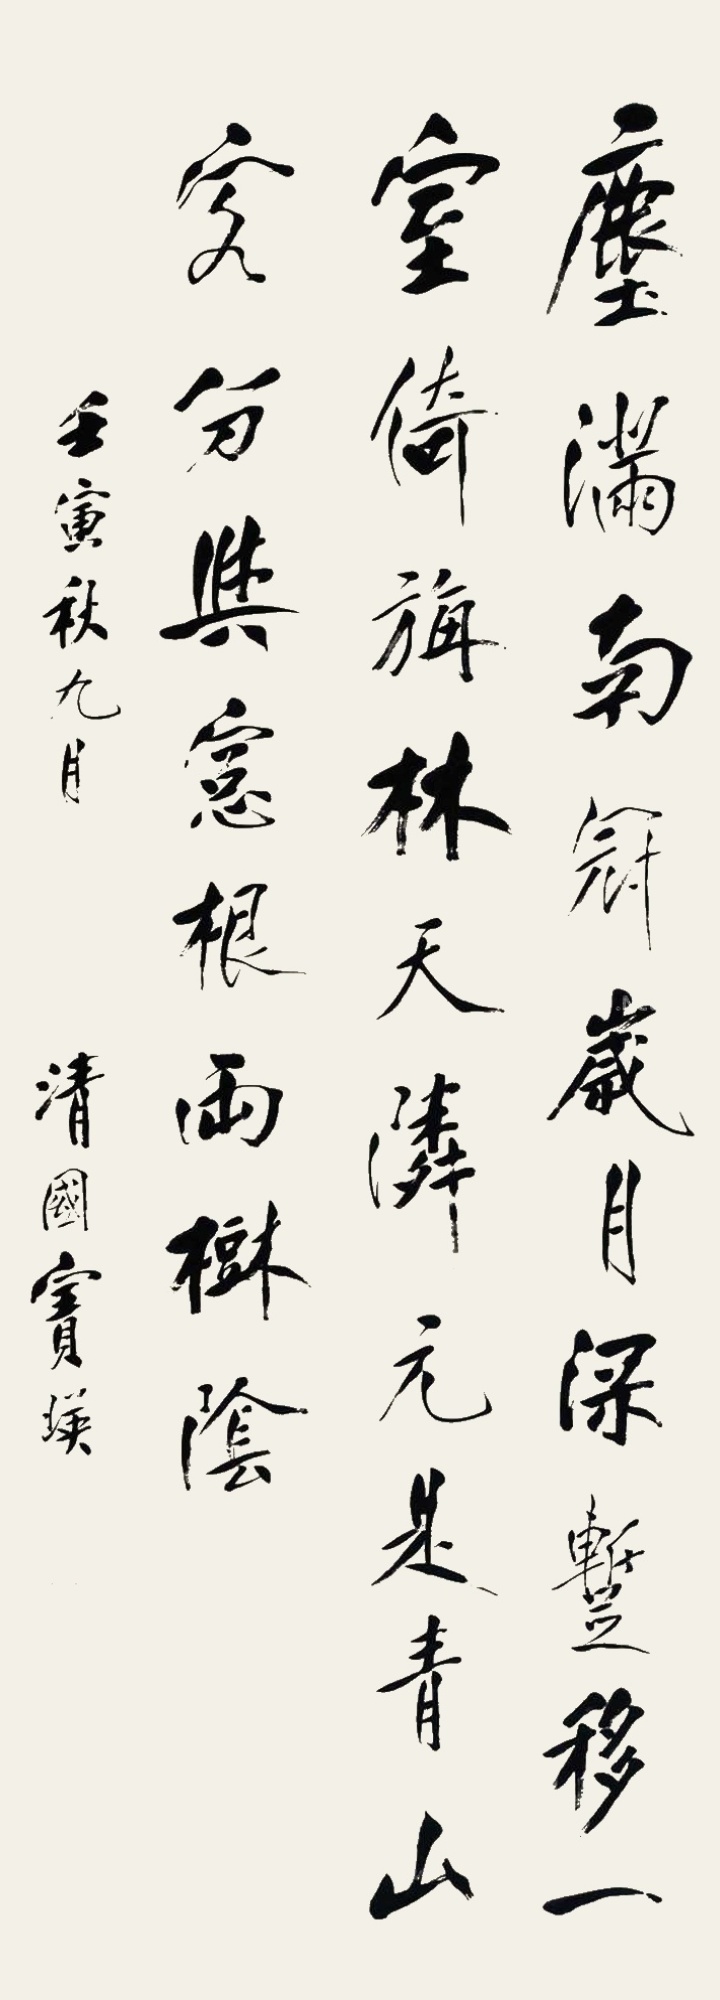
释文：尘满南冠岁月深，𫏐移一室倚旃林。天邻元是青山客，分与窗根两树阴。壬寅秋九月，清国宝瑛。